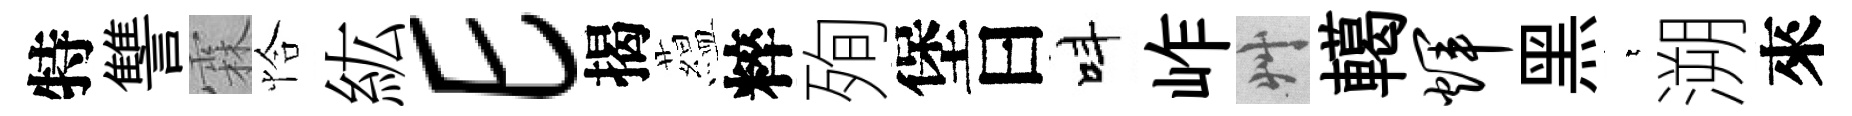
特讐霖恰紘E揭藴粹殉堡曰呌岞艸轕辉黑萋溯來